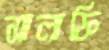
সালাফি